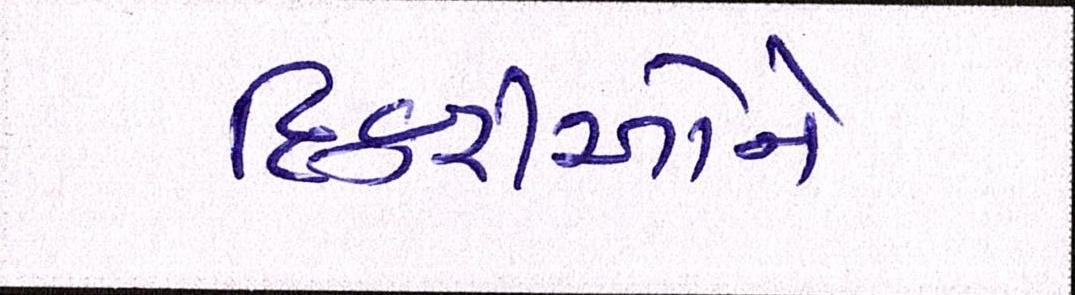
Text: દિકરીઓને